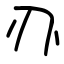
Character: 刅